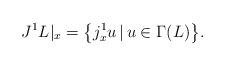
LaTeX: \begin{gather*} J^1 L|_x=\big\{j^1_xu\,|\, u\in\Gamma(L)\big\}.\end{gather*}